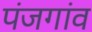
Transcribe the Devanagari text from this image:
पंजगांव